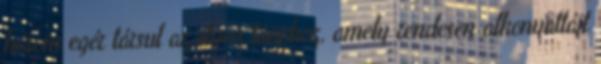
három egér társul az ilyen tánchoz, amely rendesen alkonyattájt